Vaccination United Provinces of Agra and Oudh 1914-1922 - 1914-1922
Year: 1914
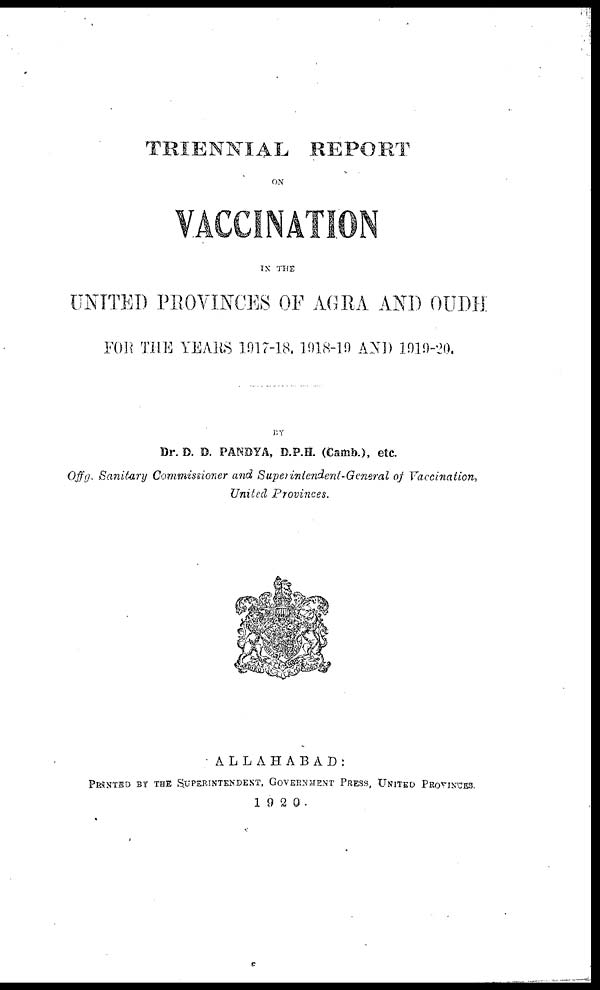
TRIENNIAL REPORT
ON
VACCINATION
IN THE
UNITED PROVINCES OF AGRA AND OUDH
FOR THE YEARS 1917-18, 1918-19 AND 1919-20.
BY
Dr. D. D. PANDYA, D.P.H. (Camb.), etc.
Offg. Sanitary Commissioner and Superintendent-General of Vaccination,
United Provinces.
ALLAHABAD:
PRINTED BY THE SUPERINTENDENT, GOVERNMENT PRESS, UNITED PROVINCES.
1920.